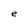
Character: e